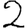
Digit: 2